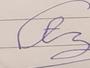
Signature authenticity: forged